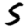
Digit: 5